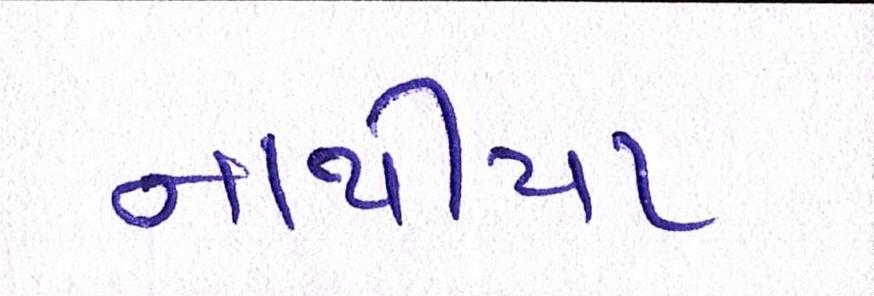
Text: નાથીયા